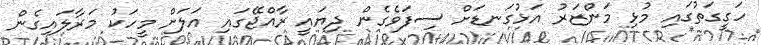
ހަގީގަތުގައި މުޅި މަންޒަރު އަޅުގަނޑަށް ސިފަވެގެން ދިޔައީ ރާއްޖޭގައި އަލަށް މީހަކު މަރާލައިގެން